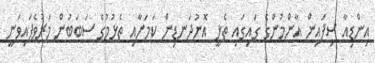
އިންޑިއާ ސިފައިން އާންމުންގެ ގައިގައި ތެޅީ އޮނުދަނޑިން ކަމަށާއި ތެޅުމުގެ ސަބަބުން މަރުވެފައިވަނީ